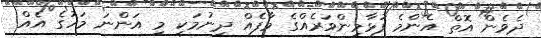
ދެެވެން އޮތް އެންމެ ފުޅާމިންވަރެއްގެ މާފެއް ދިނުމަކީ މި އަންނަ މަހުގެ އެއް